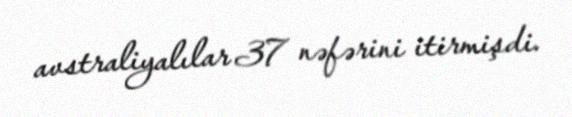
avstraliyalılar 37 nəfərini itirmişdi.